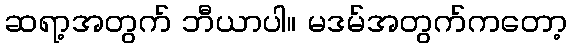
ဆရာ့အတွက် ဘီယာပါ။ မဒမ်အတွက်ကတော့